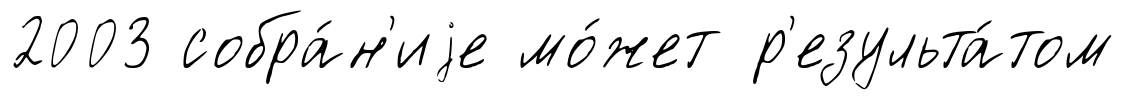
2003 собра́н'иjе мо́жет р'езульта́том